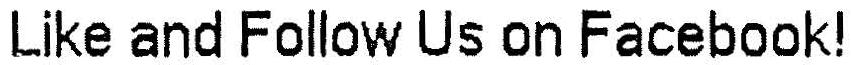
LIKE AND FOLLOW US ON FACEBOOK!